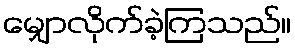
မျှောလိုက်ခဲ့ကြသည်။